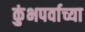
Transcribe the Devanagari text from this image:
कुंभपर्वाच्या